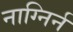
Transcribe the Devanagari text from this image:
नाग्निर्न